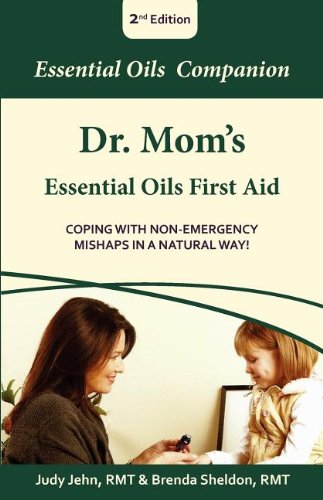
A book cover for Dr. Mom's Essential Oils First Aid; Judy Jehn; Health, Fitness & Dieting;